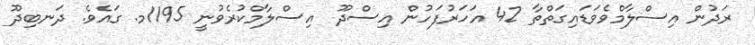
ރަދުން އިސްލާމްވެވަޑައިގަތްތާ 42 އަހަރުފަހުން އިސްދޫ  އިސްލާމްކުރެވުނީ 1195މ. ގައެވެ. ދަނބިދޫ